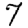
Digit: 7